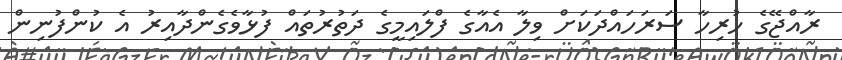
ރާއްޖޭގެ ހުރިހާ ސަރަހައްދަކަށް ވިލާ އެއާގެ ފްލައިމީގެ ދަތުރުތައް ފުޅާވެގެންދާއިރު އެ ކުންފުނިން